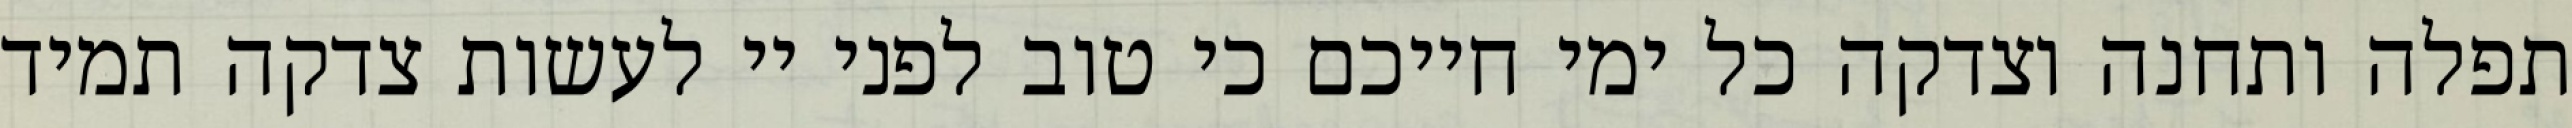
תפלה ותחנה וצדקה כל ימי חייכם כי טוב לפני יי לעשות צדקה תמיד